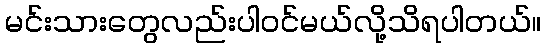
မင်းသားတွေလည်းပါဝင်မယ်လို့သိရပါတယ်။